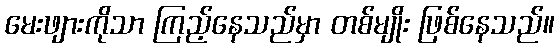
မေးဖျားကိုသာ ကြည့်နေသည်မှာ တစ်မျိုး ဖြစ်နေသည်။